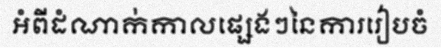
អំពីដំណាក់កាលផ្សេងៗនៃការរៀបចំ